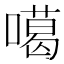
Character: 噶